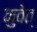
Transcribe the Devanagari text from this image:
कुवेत्